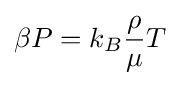
\beta P=k_{B}{\frac {\rho }{\mu }}T